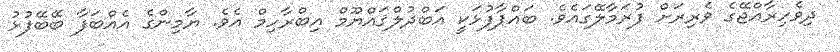
ދިވެހިރާއްޖޭގެ ވެރިރަށް ފުރަމާލޭގައެވެ. ބައްޕާފުޅަކީ އަބްދުލްޤައްޔޫމް އިބްރާހިމް އެވެ. ޔާމިންގެ އެއްބަފާ ބޭބޭފުޅު